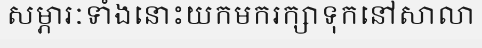
សម្ភារៈទាំងនោះយកមករក្សាទុកនៅសាលា